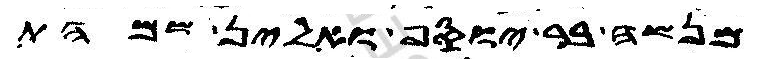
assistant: מנשה בר יוסף ואלין שמהת